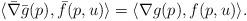
LaTeX: \begin{align*}\langle \bar \nabla \bar g(p), \bar f(p,u)\rangle=\langle \nabla g(p), f(p,u)\rangle.\end{align*}